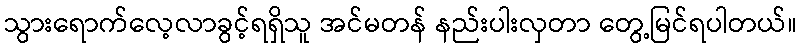
သွားရောက်လေ့လာခွင့်ရရှိသူ အင်မတန် နည်းပါးလှတာ တွေ့မြင်ရပါတယ်။